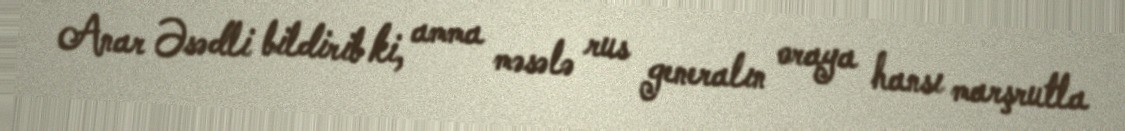
Anar Əsədli bildirib ki, amma məsələ rus generalın oraya hansı marşrutla